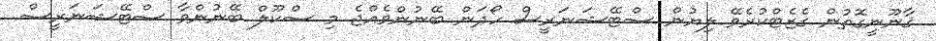
ޤާނޫނީގޮތުން ގެޒެޓްކުރެވޭ ލިޔުން ސްޓޭޝަނަރީސް ހޯދަން ބޭނުންވެއްޖެ މި ސްކޫލް ބޭނުންވާ ސްޓޭޝަނަރީސް